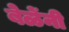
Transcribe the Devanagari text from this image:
बेळेंनी